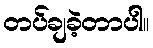
တပ်ချခဲ့တာပါ။